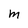
Character: M